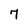
Character: 7